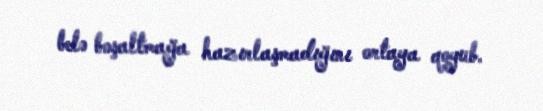
belə boşaltmağa hazırlaşmadığını ortaya qoyub.